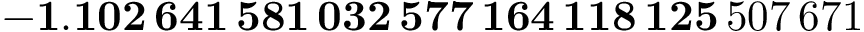
\mathbf { - 1 . 1 0 2 \, 6 4 1 \, 5 8 1 \, 0 3 2 \, 5 7 7 \, 1 6 4 \, 1 1 8 \, 1 2 5 } \, 5 0 7 \, 6 7 1